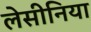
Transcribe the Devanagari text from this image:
लेसीनिया